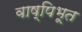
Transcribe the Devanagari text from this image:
वाष्पिभूत